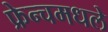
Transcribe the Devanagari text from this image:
फ्रेन्चमधले